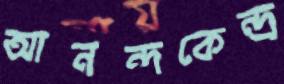
আনন্দকেন্দ্র